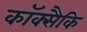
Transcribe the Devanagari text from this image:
कॉक्सैकि